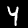
Label: 4